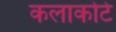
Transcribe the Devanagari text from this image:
कलाकोटे